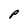
Character: P